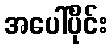
အပေါ်ပိုင်း